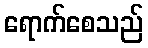
ရောက်စေသည်